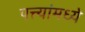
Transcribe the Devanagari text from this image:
पत्त्यांमध्ये